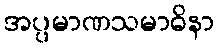
အပ္ပမာဏသမာဓိနာ